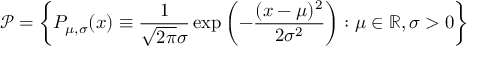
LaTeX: { \mathcal { P } } = \left\{ P _ { \mu , \sigma } ( x ) \equiv { \frac { 1 } { { \sqrt { 2 \pi } } \sigma } } \exp \left( - { \frac { ( x - \mu ) ^ { 2 } } { 2 \sigma ^ { 2 } } } \right) : \mu \in \mathbb { R } , \sigma > 0 \right\}